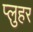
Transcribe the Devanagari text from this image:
प्लुहर